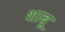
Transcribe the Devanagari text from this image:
शाबू